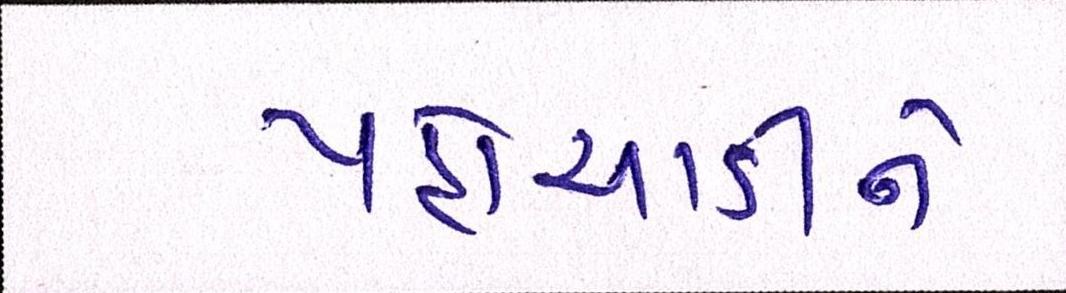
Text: પહોંચાડીને